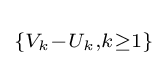
\scriptstyle \{V_{k}-U_{k},k\geq 1\}